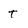
Character: t